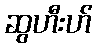
ဆွဟီးဟ်